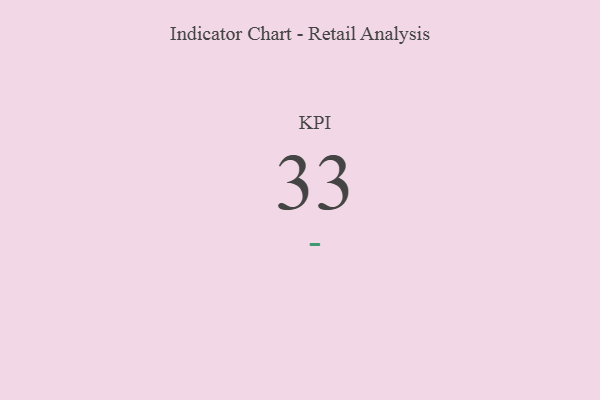
{"axis": {"x": "KPI", "y": "Value"}, "legend": [""], "data": [{"x": "KPI", "y": 33, "type": ""}]}